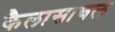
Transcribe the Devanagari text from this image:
कैलासाचल